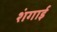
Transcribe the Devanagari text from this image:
शंगाई